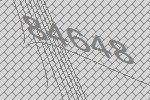
84648